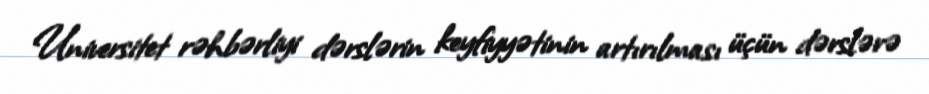
Universitet rəhbərliyi dərslərin keyfiyyətinin artırılması üçün dərslərə